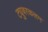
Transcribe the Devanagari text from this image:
ट्युबरकलम